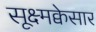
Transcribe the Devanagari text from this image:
सूक्ष्मक्वेसार